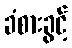
ခံစားခွင့်